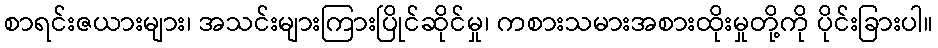
စာရင်းဇယားများ၊ အသင်းများကြားပြိုင်ဆိုင်မှု၊ ကစားသမားအစားထိုးမှုတို့ကို ပိုင်းခြားပါ။